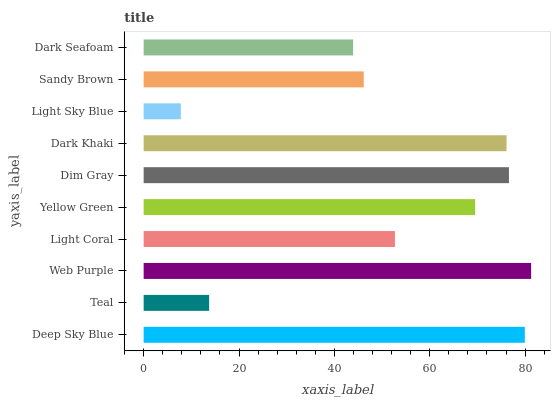
| yaxis_label | bars |
 | --- | --- |
 | Deep Sky Blue | 79.9 |
 | Teal | 13.7 |
 | Web Purple | 81.3 |
 | Light Coral | 52.7 |
 | Yellow Green | 69.5 |
 | Dim Gray | 76.6 |
 | Dark Khaki | 76.1 |
 | Light Sky Blue | 7.81 |
 | Sandy Brown | 46.2 |
 | Dark Seafoam | 43.9 |